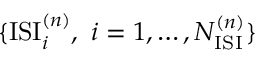
\{ \mathrm { I S I } _ { i } ^ { ( n ) } , ~ i = 1 , \dots , N _ { \mathrm { I S I } } ^ { ( n ) } \}